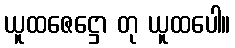
ယူထဇေဋ္ဌော တု ယူထပေါ။